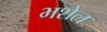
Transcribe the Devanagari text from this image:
भशेल